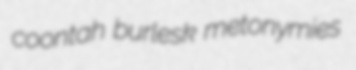
coontah burlesk metonymies